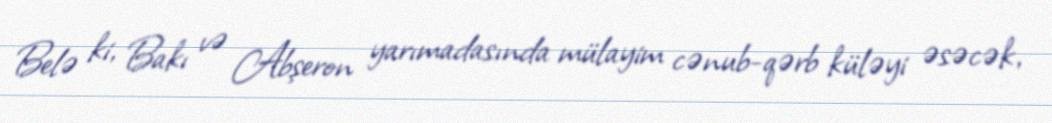
Belə ki, Bakı və Abşeron yarımadasında mülayim cənub-qərb küləyi əsəcək,